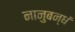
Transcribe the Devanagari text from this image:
नानुबन्धं